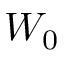
W _ { 0 }